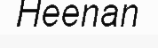
Heenan